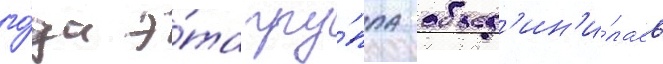
го́да э́та гру́ппа объед'ин'и́лась